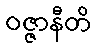
ဝဇ္ဇာနီတိ